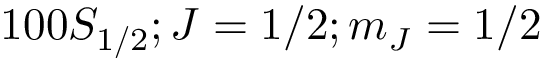
1 0 0 S _ { 1 / 2 } ; J = 1 / 2 ; m _ { J } = 1 / 2